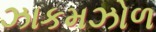
ઝાકમઝોળ